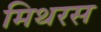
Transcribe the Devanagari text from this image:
मिथरस